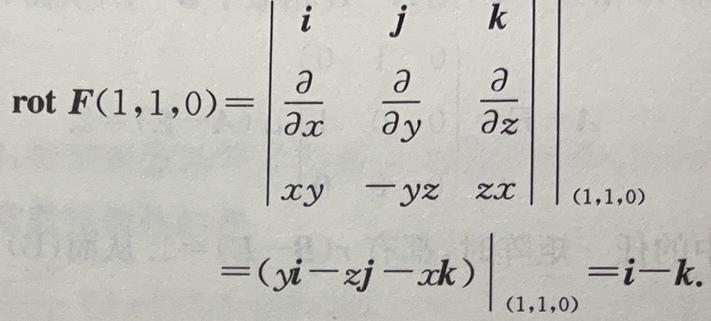
\[
\begin{align*}
\mathrm{rot}\ \boldsymbol{F}(1,1,0)&=\begin{vmatrix}
\boldsymbol{i}&\boldsymbol{j}&\boldsymbol{k}\\
\frac{\partial}{\partial x}&\frac{\partial}{\partial y}&\frac{\partial}{\partial z}\\
xy& -yz&zx
\end{vmatrix}_{(1,1,0)}\\
&=\left.(y\boldsymbol{i}-z\boldsymbol{j}-x\boldsymbol{k})\right|_{(1,1,0)}=\boldsymbol{i}-\boldsymbol{k}.
\end{align*}
\]